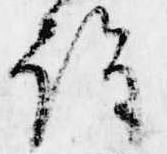
詮